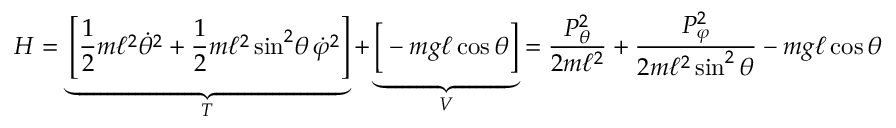
H = \underbrace { \left[ { \frac { 1 } { 2 } } m \ell ^ { 2 } { \dot { \theta } } ^ { 2 } + { \frac { 1 } { 2 } } m \ell ^ { 2 } \sin ^ { 2 } \! \theta \, { \dot { \varphi } } ^ { 2 } \right] } _ { T } + \underbrace { { \Big [ } - m g \ell \cos \theta { \Big ] } } _ { V } = { \frac { P _ { \theta } ^ { 2 } } { 2 m \ell ^ { 2 } } } + { \frac { P _ { \varphi } ^ { 2 } } { 2 m \ell ^ { 2 } \sin ^ { 2 } \theta } } - m g \ell \cos \theta